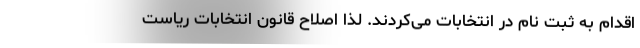
اقدام به ثبت نام در انتخابات می‌کردند. لذا اصلاح قانون انتخابات ریاست